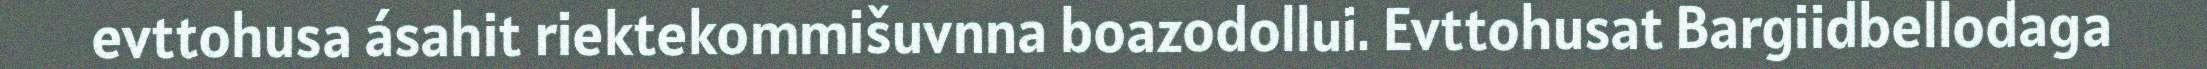
evttohusa ásahit riektekommišuvnna boazodollui. Evttohusat Bargiidbellodaga